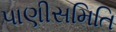
પાણીસમિતિ